Lunatic asylums Burma 1922-24 - 1922-1924
Year: 1922
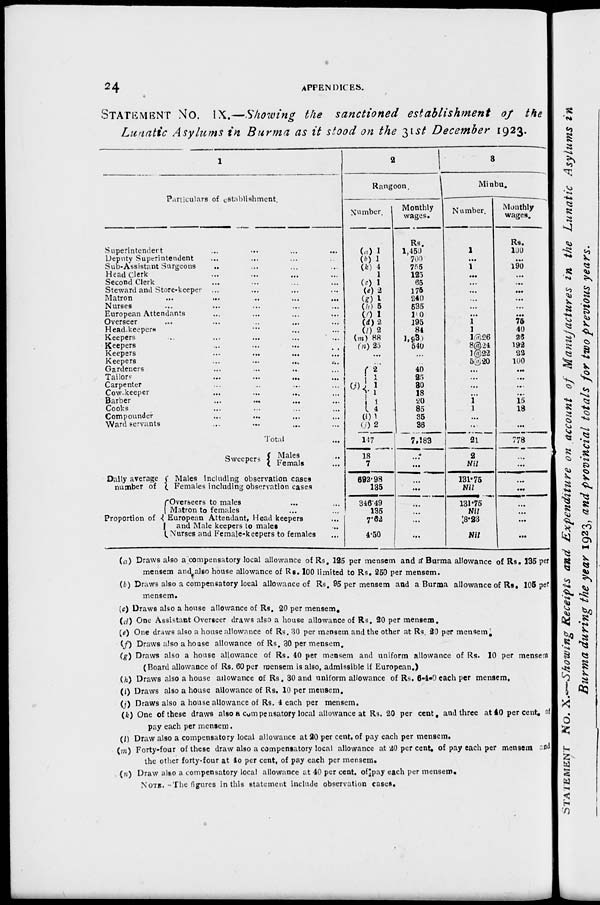
24
APPENDICES.
STATEMENT No. IX.—Showing the sanctioned establishment of the
Lunatic Asylums in Burma as it stood on the 31st December 1923.
1
Particulars of establishment.
Superintendent ... ... ... ...
Deputy Superintendent ... ... ... ...
Sub-Assistant Surgeons ... ... ... ...
Head Clerk ... ... ... ...
Second Clerk ... ... ... ...
Steward and Store-keeper ... ... ... ...
Matron ... ... ... ... ...
Nurses ... ... ... ... ...
European Attendants ... ... ... ...
Overseer ... ... ... ... ...
Head-keepers ... ... ... ...
Keepers ... ... ... ... ...
Keepers ... ... ... ...
Keepers ... ... ... ...
Keepers
...
...
...
...
Gardeners ... ... ... ...
Tailors ... ... ... ...
Carpenter ... ... ... ...
Cow-keeper ... ... ... ...
Barber ... ... ... ...
Cooks ... ... ... ...
Compounder ... ... ... ...
Ward servants ... ... ... ...
Total ...
Sweepers
Daily average
number of
Proportion of
Males ...
Females ...
Males including observation cases
Females including observation cases
Overseers to males ... ...
Matron to females ... ...
European Attendant, Head keepers
and Male keepers to males ...
Nurses and Female-keepers to females ...
2
Rangoon.
Number.
(a) 1
(b) 1
(k) 4
1
(c) 1
(e) 2
(g) 1
(h) 5
(f) 1
(d) 2
(l) 2
(m) 88
(n) 25
...
...
(j)
2
1
1
1
1
4
(i) 1
(j) 2
147
18
7
692.98
135
346.49
135
7.62
4.50
Monthly
wages.
Rs.
1,450
700
755
125
65
175
240
535
100
195
84
1,930
540
...
...
40
25
30
18
20
85
35
36
7,183
...
...
...
...
...
...
...
...
3
Minbu.
Number.
1
...
1
...
...
...
...
...
...
1
1
1@26
8@24
1@22
5@20
...
...
...
...
1
1
...
...
21
2
Nil
131.75
Nil
131.75
Nil
8.23
Nil
Monthly
wages.
Rs.
100
...
190
...
...
...
...
...
...
75
40
26
192
22
100
...
...
...
...
15
18
...
...
778
...
...
...
...
...
...
...
...
(a) Draws also a compensatory local allowance of Rs. 125 per mensem and a Burma allowance of Rs. 135 per
mensem and also house allowance of Rs. 100 limited to Rs. 250 per mensem.
(b) Draws also a compensatory local allowance of Rs. 95 per mensem and a Burma allowance of Rs. 105 per
mensem.
(c) Draws also a house allowance of Rs. 20 per mensem.
(d) One Assistant Overseer draws also a house allowance of Rs. 20 per mensem.
(e) One draws also a house allowance of Rs. 30 per mensem and the other at Rs. 20 per mensem.
(f) Draws also a house allowance of Rs. 30 per mensem.
(g) Draws also a house allowance of Rs. 40 per mensem and uniform allowance of Rs. 10 per mensem
(Board allowance of Rs. 60 per mensem is also, admissible if European.)
(h) Draws also a house allowance of Rs. 30 and uniform allowance of Rs. 6-4-0 each per mensem,
(i) Draws also a house allowance of Rs. 10 per mensem.
(j) Draws also a house allowance of Rs. 4 each per mensem.
(k) One of these draws also a compensatory local allowance at Rs. 20 per cent. and three at 40 per cent. of
pay each per mensem.
(l) Draw also a compensatory local allowance at 20 per cent. of pay each per mensem.
(m) Forty-four of these draw also a compensatory local allowance at 20 per cent. of pay each per mensem and
the other forty-four at 40 per cent. of pay each per mensem.
(n) Draw also a compensatory local allowance at 40 per cent. of pay each per mensem.
NOTE.—The figures in this statement include observation cases.